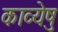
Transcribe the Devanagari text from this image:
काव्येषु